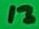
Text: 13